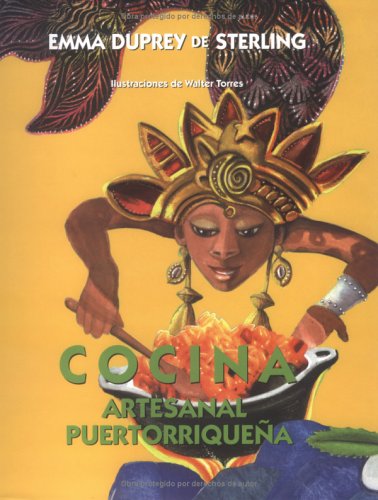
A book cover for Cocina Artesanal Puertorriquena (Spanish Edition); Emma Duprey de Sterling; Cookbooks, Food & Wine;